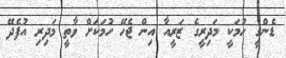
ޑެންގީ ހުމަކީ މަދިރީގެ ޒަރީއާ އިން ޖެހޭ ހުމަކަށް ވާތީ މަދިރި އުފެދޭ